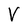
Character: V